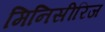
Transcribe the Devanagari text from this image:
मिनिसीरिज